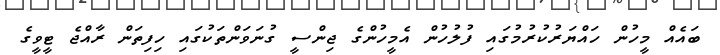
ބައެއް މީހުން ހައްޔަރުކުރުމުގައި ފުލުހުން އެމީހުންގެ ޖިންސީ ގުނަވަންތަކުގައި ހިފިތަން ރާއްޖެ ޓީވީގެ